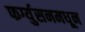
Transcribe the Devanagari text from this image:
फर्ग्युसनमधून